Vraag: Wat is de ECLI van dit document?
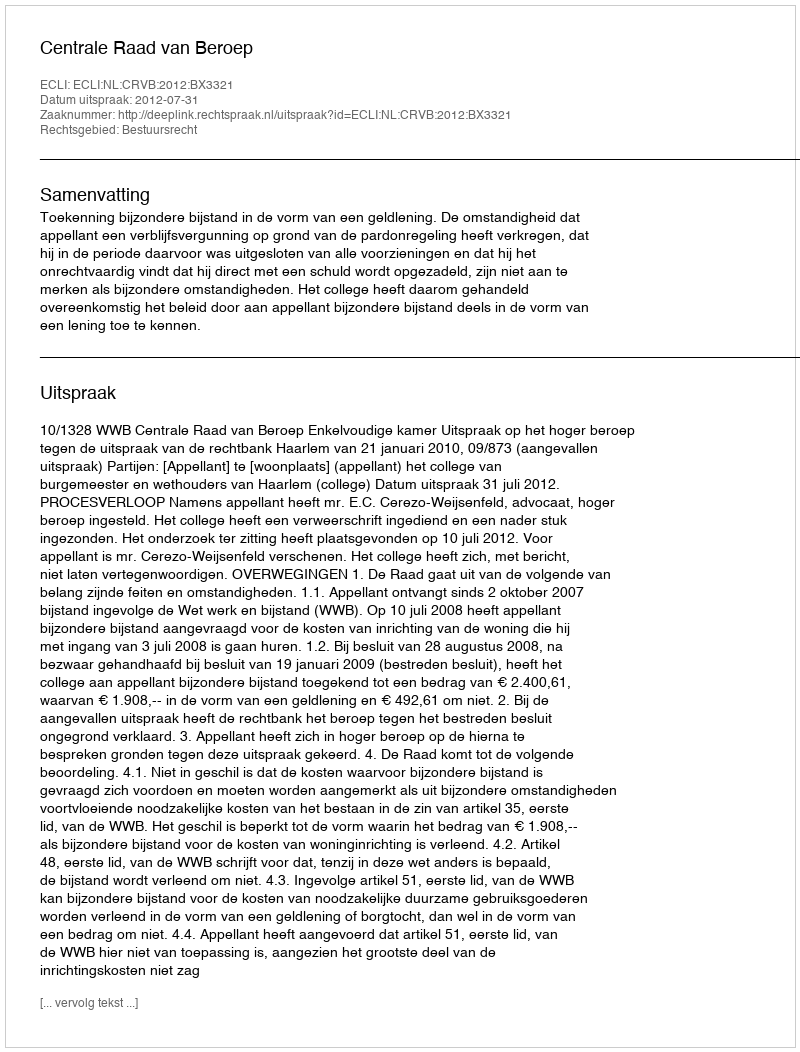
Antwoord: ECLI:NL:CRVB:2012:BX3321